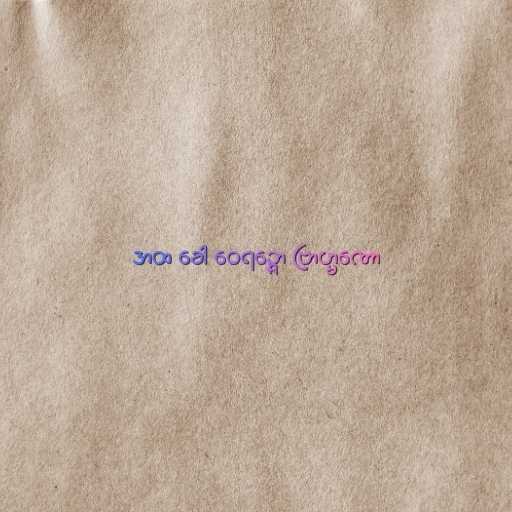
အထ ခေါ ဝေရဉ္ဇော ဗြာဟ္မဏော